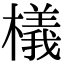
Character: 檥